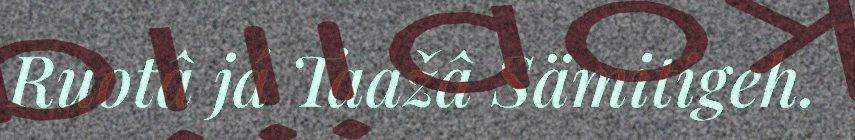
Ruotâ já Taažâ Sämitigeh.